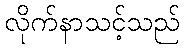
လိုက်နာသင့်သည်